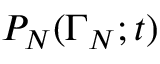
P _ { N } ( \Gamma _ { N } ; t )